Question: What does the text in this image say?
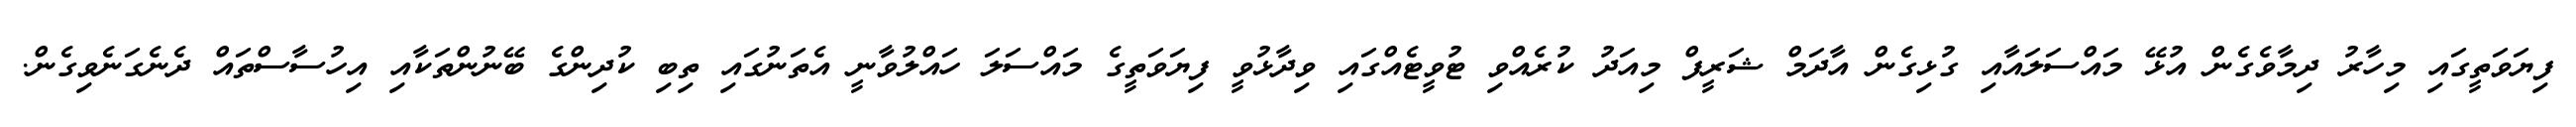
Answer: ފިޔަވަތީގައި މިހާރު ދިމާވެގެން އުޅޭ މައްސަލައާއި ގުޅިގެން އާދަމް ޝަރީފް މިއަދު ކުރެއްވި ޓުވީޓެއްގައި ވިދާޅުވީ ފިޔަވަތީގެ މައްސަލަ ހައްލުވާނީ އެތަނުގައި ތިބި ކުދިންގެ ބޭނުންތަކާއި އިހުސާސްތައް ދެނެގަނެވިގެން.